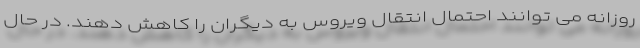
روزانه می توانند احتمال انتقال ویروس به دیگران را کاهش دهند. در حال